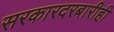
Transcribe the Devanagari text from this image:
सरकारदरबारीही